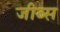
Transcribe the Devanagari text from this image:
जीब्स